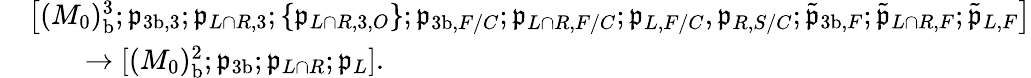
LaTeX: \begin{array}{rl}&{\bigl[(M_{0})_{\mathrm{b}}^{3};\mathfrak{p}_{{3\mathrm{b}},3};\mathfrak{p}_{L\cap R,3};\{ \mathfrak{p}_{L\cap R,3,O}\} ;\mathfrak{p}_{{3\mathrm{b}},F/C};\mathfrak{p}_{L\cap R,F/C};\mathfrak{p}_{L,F/C},\mathfrak{p}_{R,S/C};\tilde{\mathfrak{p}}_{{3\mathrm{b}},F};\tilde{\mathfrak{p}}_{L\cap R,F};\tilde{\mathfrak{p}}_{L,F}\bigr]}\\ &{\qquad\to[(M_{0})_{\mathrm{b}}^{2};\mathfrak{p}_{3\mathrm{b}};\mathfrak{p}_{L\cap R};\mathfrak{p}_{L}].}\end{array}